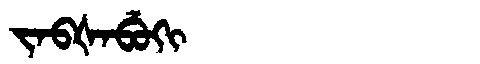
Manchu: ᠵᠠᠪᡧᠠᠪᡠᡴᡳ
Romanization: JABŠABUKI